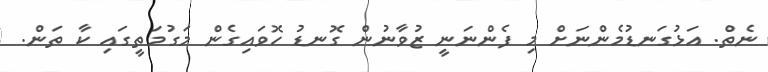
ނެތް. އަޅުގަނޑުމެންނަށް މި ފެންނަނީ ޒުވާނުން ގޮނޑު ހޮވައިގެން މަގުމަތީގައި ކާ ތަން.